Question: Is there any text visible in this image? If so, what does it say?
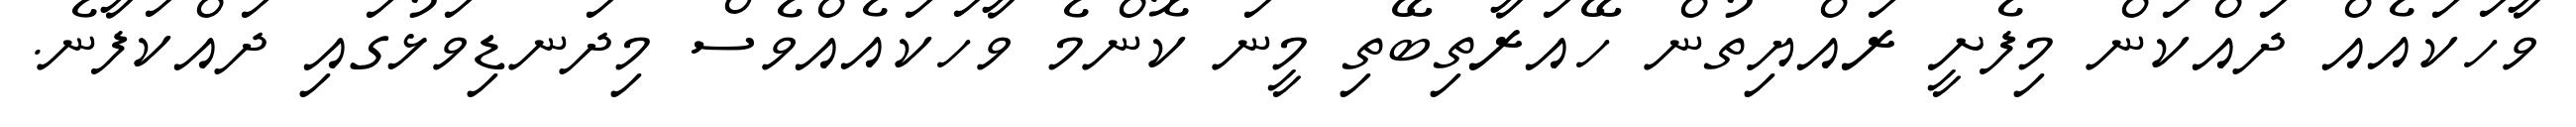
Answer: ވާހަކައެއް ދައްކަން މިފެށީ ރައްޔިތުން ހޭއަރާތިބޭތި މީނަ ކޮންމެ ވާހަކައެއްވެސް މިދަނޑިވަޅުގައި ދައްކަފާނެ.